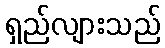
ရှည်လျားသည်